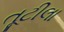
તૂટીલા